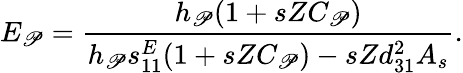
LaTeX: E_{\mathscr{P}}=\frac{{h_{\mathscr{P}}(1+sZC_{\mathscr{P}})}}{{h_{\mathscr{P}}s_{11}^{E}(1+sZC_{\mathscr{P}})-sZd_{31}^{2}A_{s}}}.